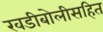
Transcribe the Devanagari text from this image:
खडीबोलीसहित